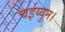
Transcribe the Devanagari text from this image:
चईय्युन।